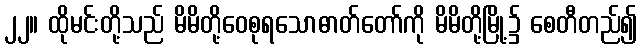
၂၂။ ထိုမင်းတို့သည် မိမိတို့ဝေစုရသောဓာတ်တော်ကို မိမိတို့မြို့၌ စေတီတည်၍